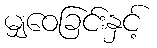
မျှဝေခြင်းနှင့်